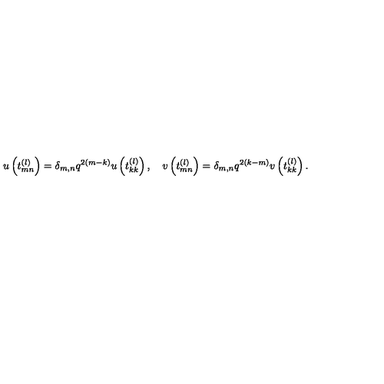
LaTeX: u \left( t _ { m n } ^ { ( l ) } \right) = \delta _ { m , n } q ^ { 2 ( m - k ) } u \left( t _ { k k } ^ { ( l ) } \right) , \quad v \left( t _ { m n } ^ { ( l ) } \right) = \delta _ { m , n } q ^ { 2 ( k - m ) } v \left( t _ { k k } ^ { ( l ) } \right) .